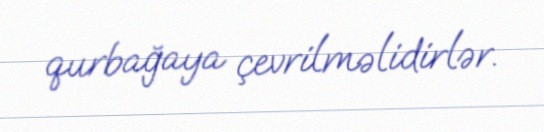
qurbağaya çevrilməlidirlər.